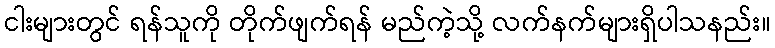
ငါးများတွင် ရန်သူကို တိုက်ဖျက်ရန် မည်ကဲ့သို့ လက်နက်များရှိပါသနည်း။